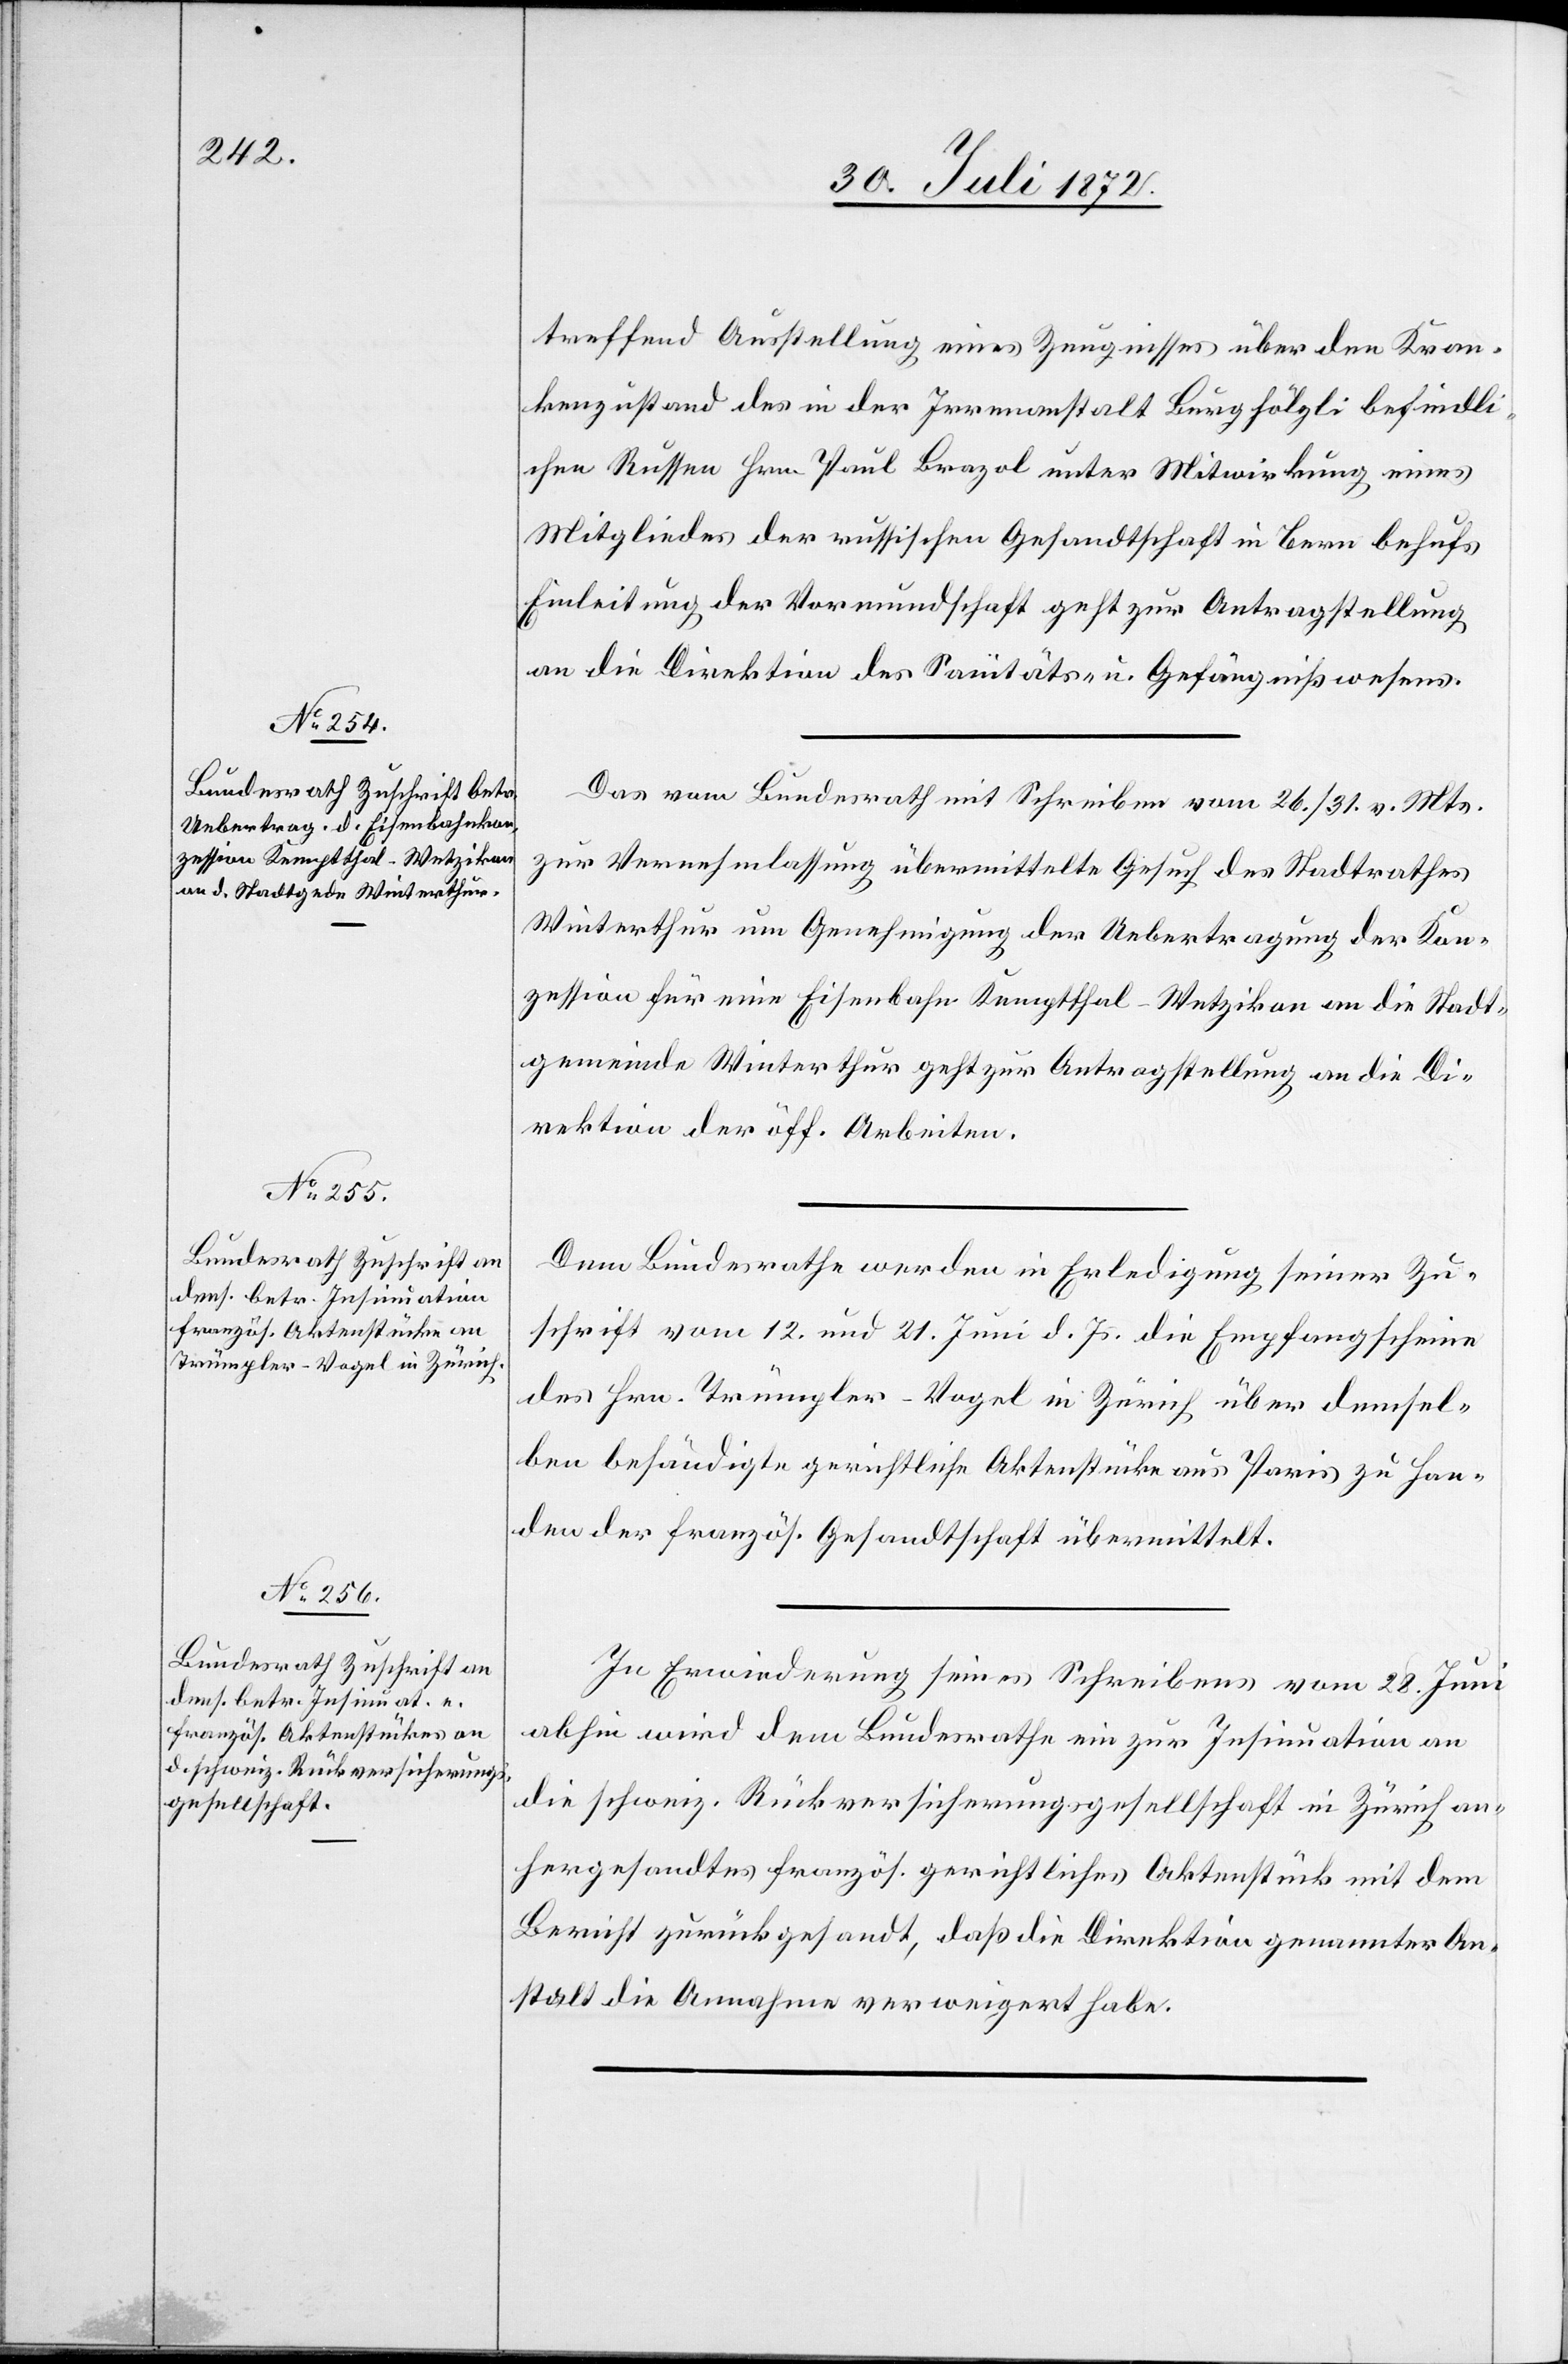
treffend Ausstellung eines Zeugnisses über den Kran¬
kenzustand des in der Irrenanstalt Burghölzli befindli¬
chen Russen Hrn. Paul Brazol unter Mitwirkung eines
Mitgliedes der russischen Gesandtschaft in Bern behufs
Einleitung der Vormundschaft geht zur Antragstellung
an die Direktion des Sanitäts- u. Gefängnißwesens.
Das vom Bundesrath mit Schreiben vom 26./31. v. Mts.
zur Vernehmlassung übermittelte Gesuch des Stadtrathes
Winterthur um Genehmigung der Uebertragung der Kon¬
zession für eine Eisenbahn Kemptthal–Winterthur an die Stadt¬
gemeinde Winterthur geht zur Antragstellung an die Di¬
rektion der öff. Arbeiten.
Dem Bundesrathe werden in Erledigung seiner Zu¬
schrift vom 12. und 21. Juni d. Js. die Empfangscheine
des Hrn. Trümpler-Vogel in Zürich über demsel¬
ben behändigte gerichtliche Aktenstücke aus Paris zu Han¬
den der französ. Gesandtschaft übermittelt.
In Erwiederung seines Schreibens vom 28. Juni
abhin wird dem Bundesrathe ein zur Insinuation an
die schweiz. Rückversicherungsgesellschaft in Zürich an¬
hergesandtes französ. gerichtliches Aktenstück mit dem
Bericht zurückgesandt, daß die Direktion genannter An¬
stalt die Annahme verweigert habe.